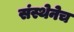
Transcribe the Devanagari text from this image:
संस्थेनेच